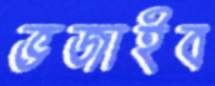
ভজাইব